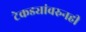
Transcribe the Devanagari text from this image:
टेकड्यांवरुनही